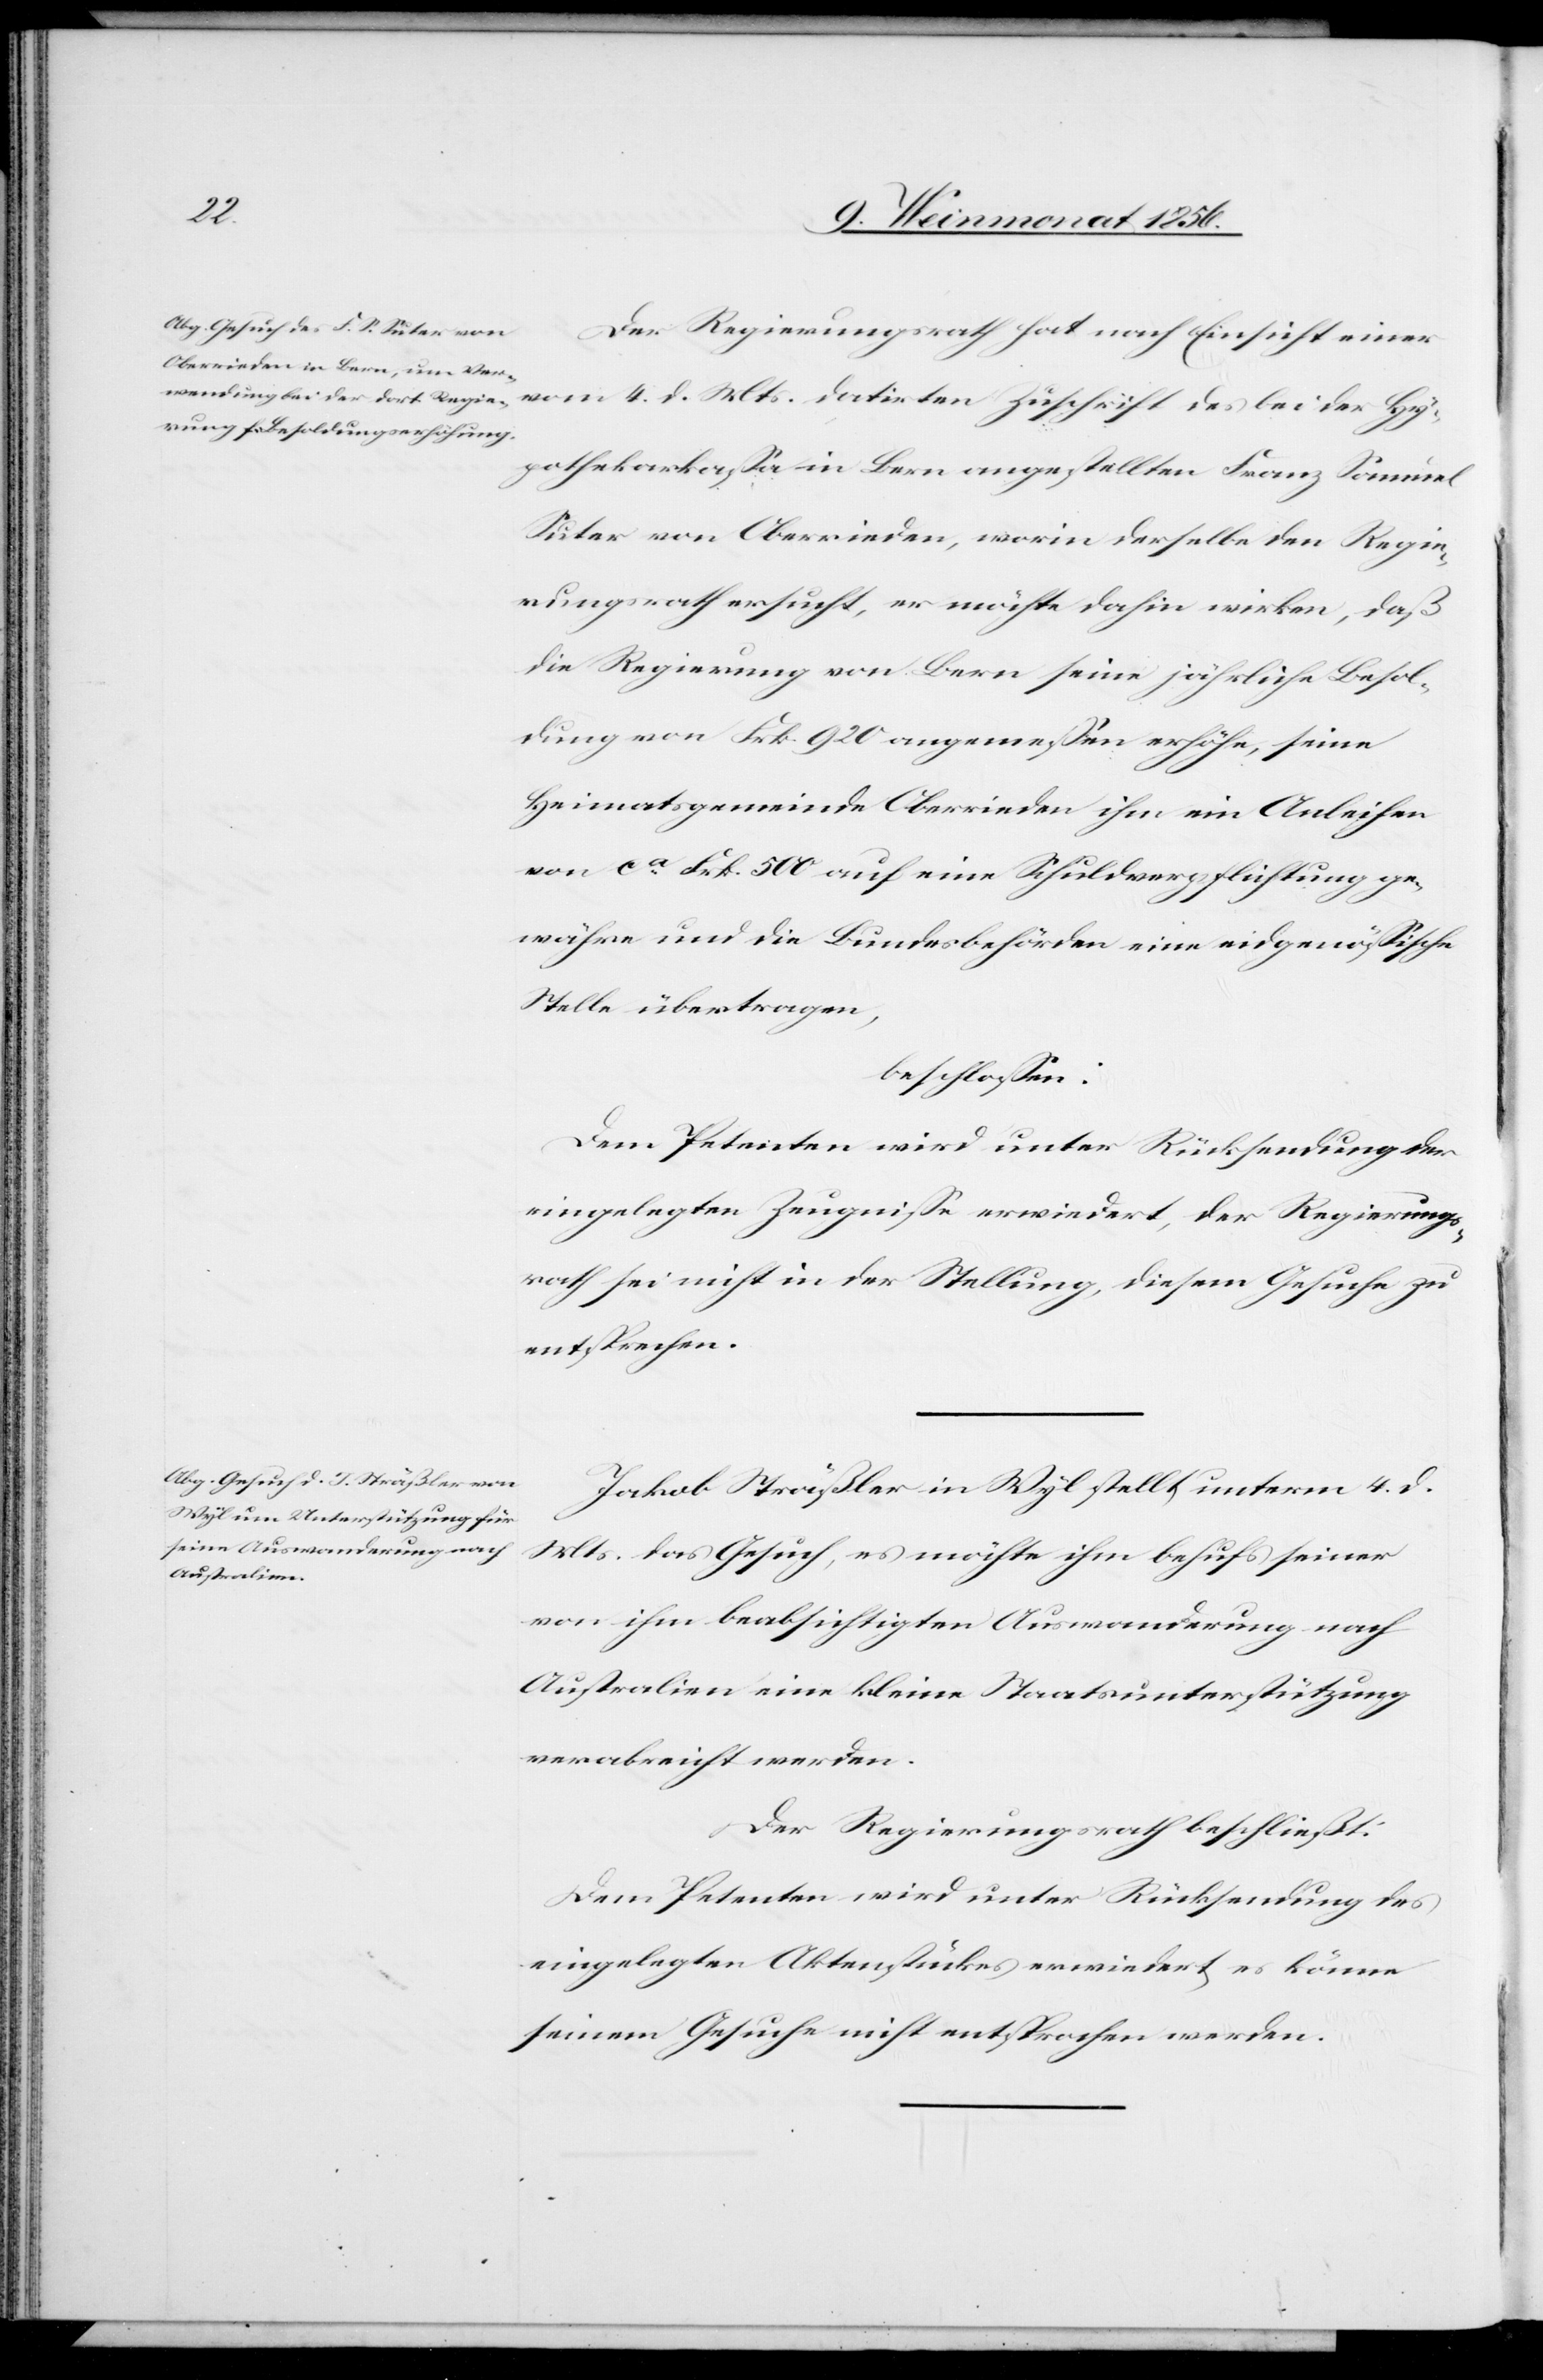
Der Regierungsrath hat nach Einsicht einer
vom 4. d. Mts. datirten Zuschrift des bei der Hy¬
pothekarkassa in Bern angestellten Franz Samuel
Suter von Oberrieden, worin derselbe den Regie¬
rungsrath ersucht, er möchte dahin wirken, daß
die Regierung von Bern seine jährliche Besol¬
dung von Frk. 920 angemessen erhöhe, seine
Heimatsgemeinde Oberrieden ihm ein Anleihen
von ca Frk. 500 auf eine Schuldverpflichtung ge¬
währe und die Bundesbehörden eine eidgenössische
Stelle übertragen,
beschlossen:
Dem Petenten wird unter Rücksendung der
eingelegten Zeugnisse erwiedert, der Regierungs¬
rath sei nicht in der Stellung, diesem Gesuche zu
entsprechen.
Jakob Sträßler in Wyl stellt unterm 4 d.
Mts. das Gesuch, es möchte ihm behufs seiner
von ihm beabsichtigten Auswanderung nach
Australien eine kleine Staatsunterstützung
verabreicht werden.
Der Regierungsrath beschließt:
Dem Petenten wird unter Rücksendung des
eingelegten Aktenstückes erwiedert, es könne
seinem Gesuche nicht entsprochen werden.